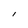
Character: l